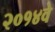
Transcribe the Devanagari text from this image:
२०१४वे